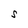
Character: S